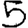
Digit: 5